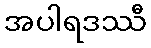
အပါရဒဿီ